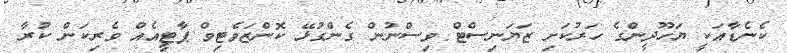
ކެނެޑާއަކީ ޔަހޫދީންގެ ހަރުކަށި ޒަޔަނިސްޓް ވިސްނުން ގެންގުޅޭ ކޮންޒަވެޓިވް ޕާޓީއެއް ވެރިކަން ކުރާ